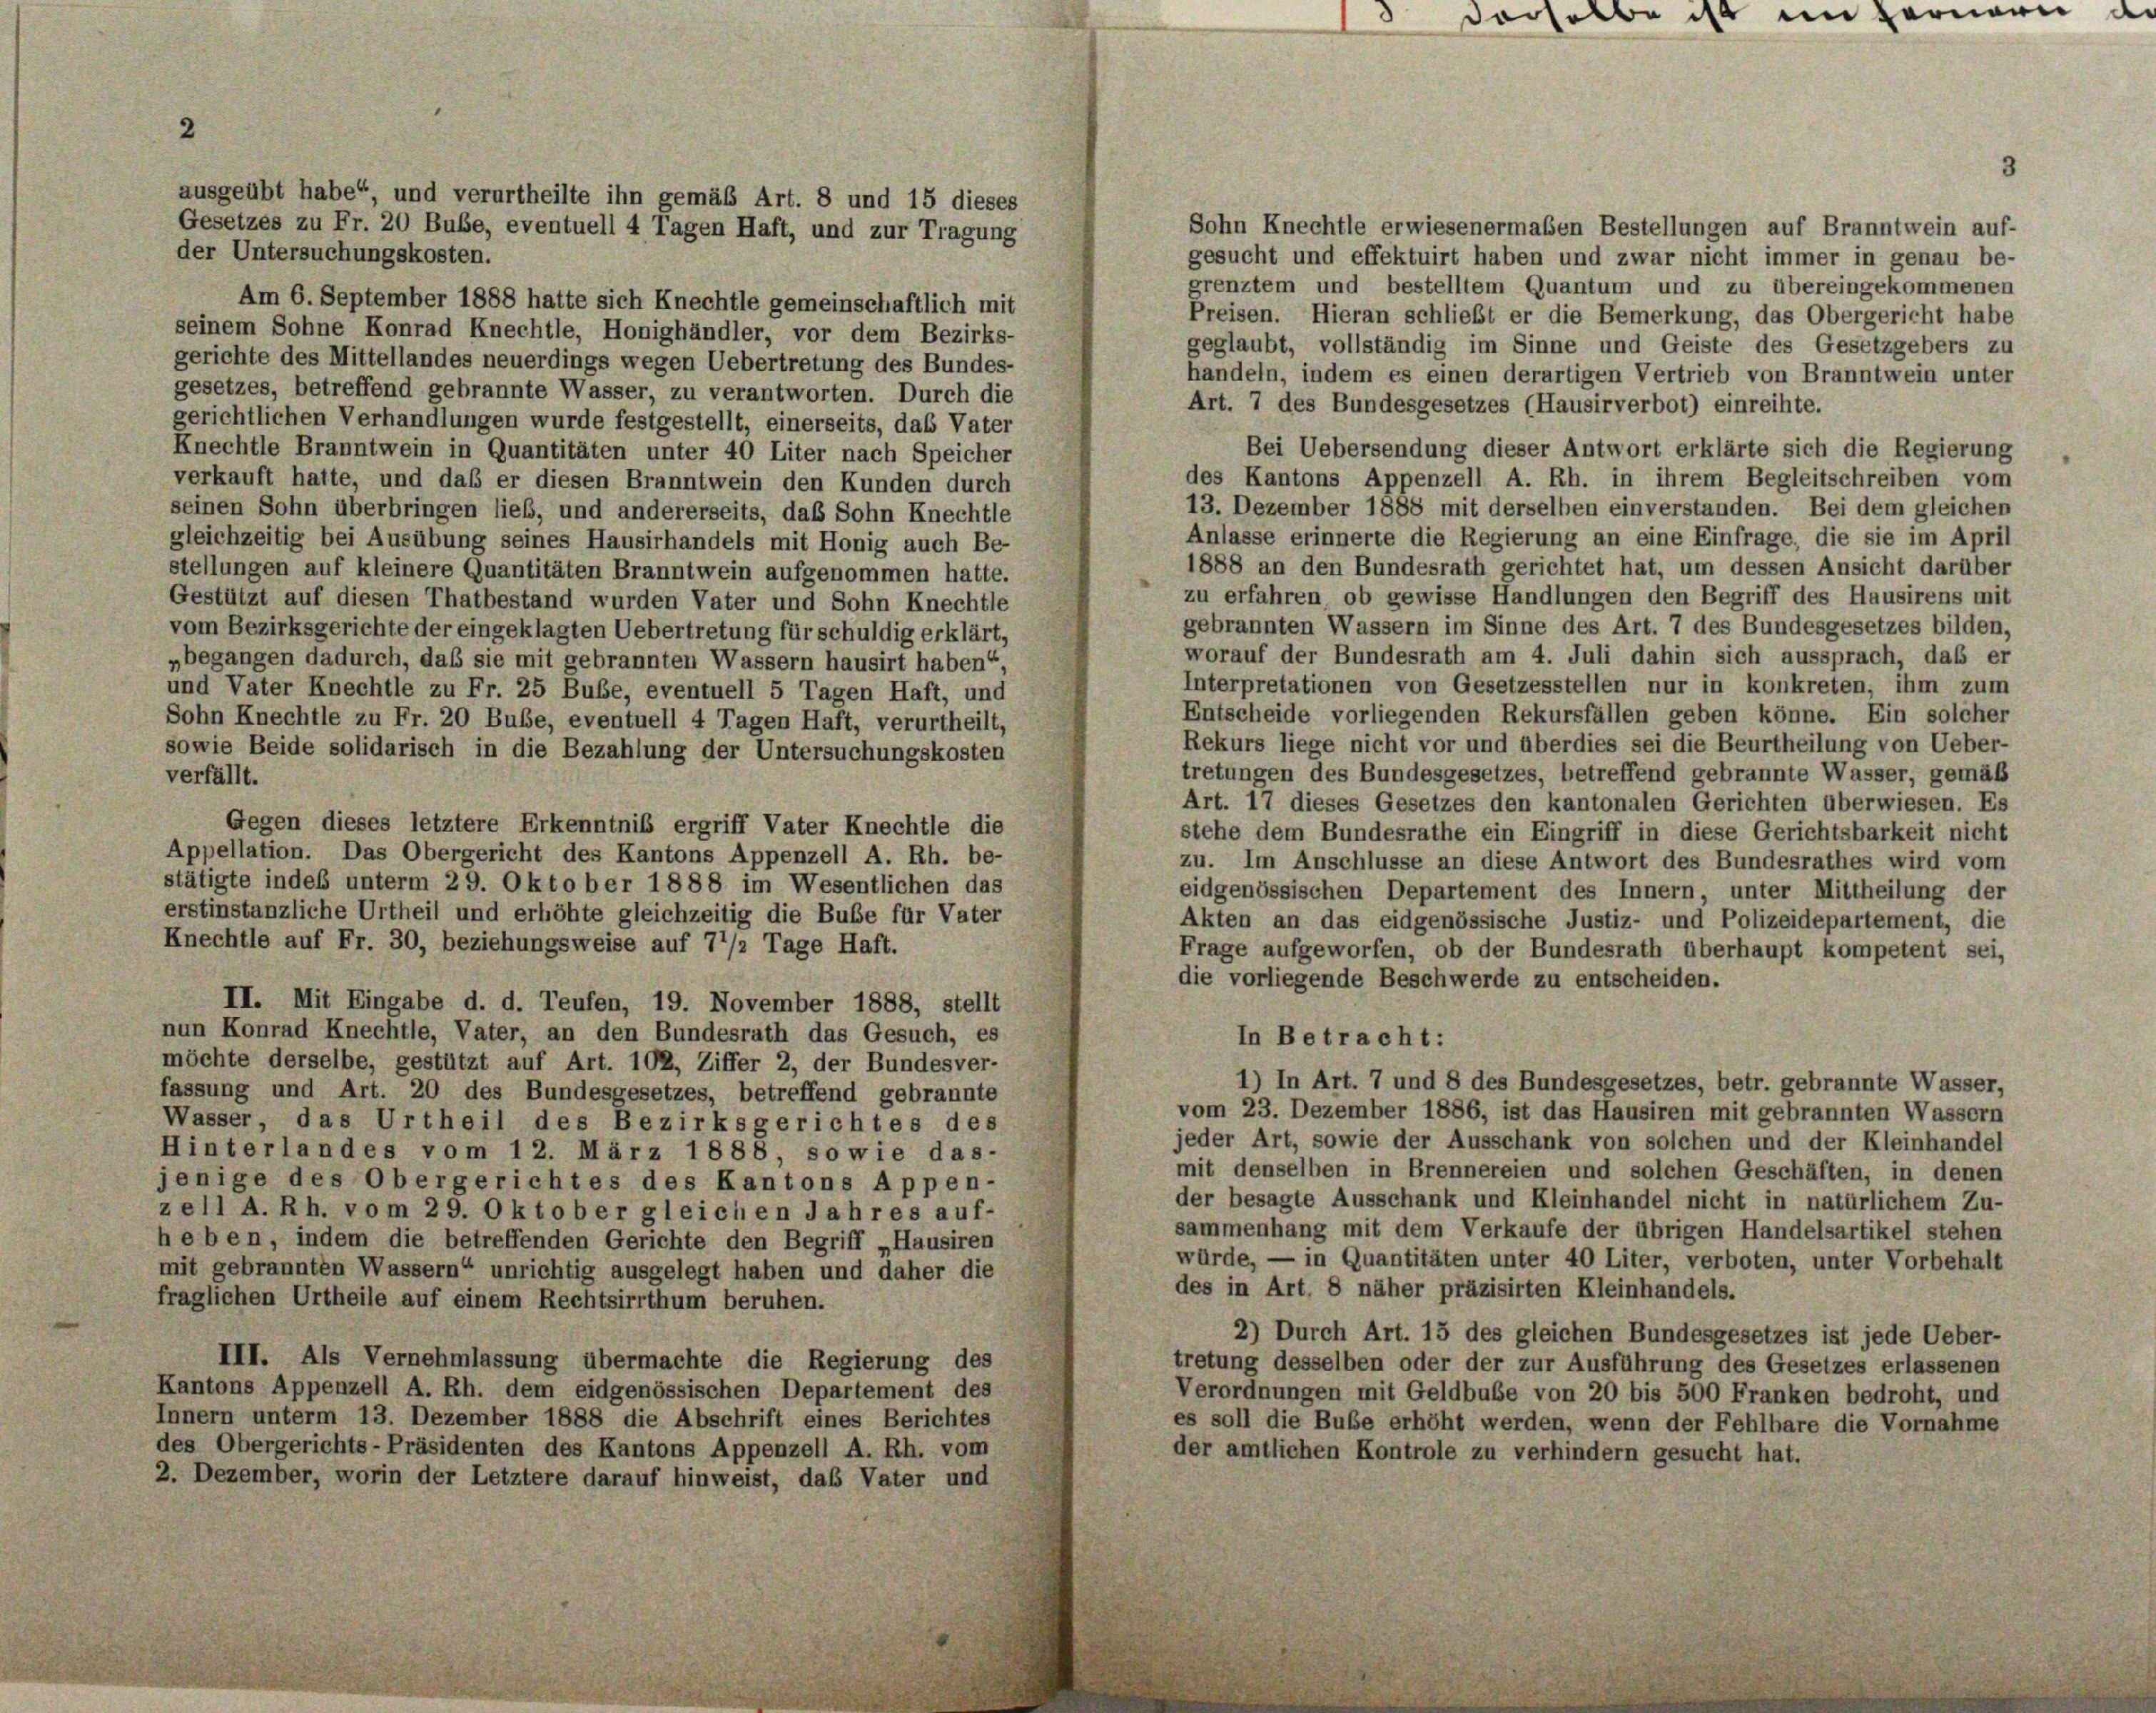
Sohn Knechtle erwiesenermaßen Bestellungen auf Branntwein auf-
gesucht und effektuirt haben und zwar nicht immer in genau be-
grenztem und bestelltem Quantum und zu übereingekommenen
Preisen. Hieran schließt er die Bemerkung, das Obergericht habe

ebe ist im Fernern de

2
ausgeübt habe“ und verurtheilte ihn gemäß Art. 8 und 15 dieses
Gesetzes zu Fr. 20 Bube, eventuell 4 Tagen Haft, und zur Tragung
der Untersuchungskosten.
Am 6. September 1888 hatte sich Knechtle gemeinschaftlich mit
seinem Sohne Konrad Knechtle, Honighändler, vor dem Bezirks-
geglaubt, vollständig im Sinne und Geiste des Gesetzgebers zu
gerichte des Mittellandes neuerdings wegen Uebertretung des Bundes-
handeln, indem es einen derartigen Vertrieb von Branntwein unter
gesetzes, betreffend gebrannte Wasser, zu verantworten. Durch die
Art. 7 des Bundesgesetzes (Hausirverbot) einreihte.
gerichtlichen Verhandlungen wurde festgestellt, einerseits, das Vater
Bei Uebersendung dieser Antwort erklärte sich die Regierung
Knechtle Branntwein in Quantitäten unter 40 Liter nach Speicher
des Kantons Appenzell A. Rh. in ihrem Begleitschreiben vom
verkauft hatte, und das er diesen Branntwein den Kunden durch
13. Dezember 1888 mit derselben einverstanden. Bei dem gleichen
seinen Sohn überbringen lieb, und andererseits, das Sohn Knechtle
Anlasse erinnerte die Regierung an eine Einfrage, die sie im April
gleichzeitig bei Ausübung seines Hausirhandels mit Honig auch Be-
1888 an den Bundesrath gerichtet hat, um dessen Ansicht darüber
stellungen auf kleinere Quantitäten Branntwein aufgenommen hatte.
zu erfahren, ob gewisse Handlungen den Begriff des Hausirens mit
Gestützt auf diesen Thatbestand wurden Vater und Sohn Knechtle
gebrannten Wassern im Sinne des Art. 7 des Bundesgesetzes bilden,
vom Bezirksgerichte der eingeklagten Uebertretung für schuldig erklärt,
worauf der Bundesrath am 4. Juli dahin sich aussprach, daß er
„begangen dadurch, daß sie mit gebrannten Wassern hausirt haben“
Interpretationen von Gesetzesstellen nur in konkreten, ihm zum
und Vater Knechtle zu Fr. 25 Bube, eventuell 5 Tagen Haft, und
Entscheide vorliegenden Rekursfällen geben könne. Ein solcher
Sohn Knechtle zu Fr. 20 Bube, eventuell 4 Tagen Haft, verurtheilt,
Rekurs liege nicht vor und überdies sei die Beurtheilung von Ueber-
sowie Beide solidarisch in die Bezahlung der Untersuchungskosten
tretungen des Bundesgesetzes, betreffend gebrannte Wasser, gemäß
verfällt.
Art. 17 dieses Gesetzes den kantonalen Gerichten überwiesen. Es
Gegen dieses letztere Erkenntnis ergriff Vater Knechtle die
stehe dem Bundesrathe ein Eingriff in diese Gerichtsbarkeit nicht
Appellation. Das Obergericht des Kantons Appenzell A. Rh. be-
zu. Im Anschlüsse an diese Antwort des Bundesrathes wird vom
stätigte indes unterm 29. Oktober 1888 im Wesentlichen das
eidgenössischen Departement des Innern, unter Mittheilung der
erstinstanzliche Urtheil und erhöhte gleichzeitig die Buße für Vater
Akten an das eidgenössische Justiz- und Polizeidepartement, die
Knechtle auf Fr. 30, beziehungsweise auf 7’/2 Tage Haft.
Frage aufgeworfen, ob der Bundesrath überhaupt kompetent sei,
die vorliegende Beschwerde zu entscheiden.
II. Mit Eingabe d. d. Teufen, 19. November 1888, stellt
nun Konrad Knechtle, Vater, an den Bundesrath das Gesuch, es
In Betracht:
möchte derselbe, gestützt auf Art. 102, Ziffer 2, der Bundesver-
1) In Art. 7 und 8 des Bundesgesetzes, betr. gebrannte Wasser,
fassung und Art. 20 des Bundesgesetzes, betreffend gebrannte
vom 23. Dezember 1886, ist das Hausiren mit gebrannten Wassern
Wasser, das Urtheil des Bezirksgerichtes des
jeder Art, sowie der Ausschank von solchen und der Kleinhandel
Hinterlandes vom 12. März 1888, so wie das-
mit denselben in Brennereien und solchen Geschäften, in denen
jenige des Obergerichtes des Kantons Appen-
der besagte Ausschank und Kleinhandel nicht in natürlichem Zu-
zell A. Rh. vom 29. Oktober gleichen Jahres auf-
sammenhang mit dem Verkaufe der übrigen Handelsartikel stehen
h eben, indem die betreffenden Gerichte den Begriff „Hausiren
würde, — in Quantitäten unter 40 Liter, verboten, unter Vorbehalt
mit gebrannten Wassern“ unrichtig ausgelegt haben und daher die
des in Art. 8 näher präzisirten Kleinhandels.
fraglichen Urtheile auf einem Rechtsirrthum beruhen.
2) Durch Art. 15 des gleichen Bundesgesetzes ist jede Ueber-
III. Als Vernehmlassung übermachte die Regierung des
tretung desselben oder der zur Ausführung des Gesetzes erlassenen
Kantons Appenzell A. Rh. dem eidgenössischen Departement des
Verordnungen mit Geldbube von 20 bis 500 Franken bedroht, und
Innern unterm 13. Dezember 1888 die Abschrift eines Berichtes
es soll die Bube erhöht werden, wenn der Fehlbare die Vornahme
des Obergerichts-Präsidenten des Kantons Appenzell A. Rh. vom
der amtlichen Kontrole zu verhindern gesucht hat.
2. Dezember, worin der Letztere darauf hinweist, das Vater und